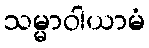
သမ္မာဝါယာမံ